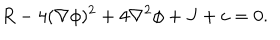
LaTeX: R - 4 ( \nabla \phi ) ^ { 2 } + 4 \nabla ^ { 2 } \phi + J + c = 0 .